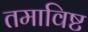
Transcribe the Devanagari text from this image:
तमाविष्ट